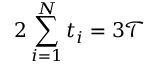
2 \sum _ { i = 1 } ^ { N } t _ { i } = 3 \mathcal T